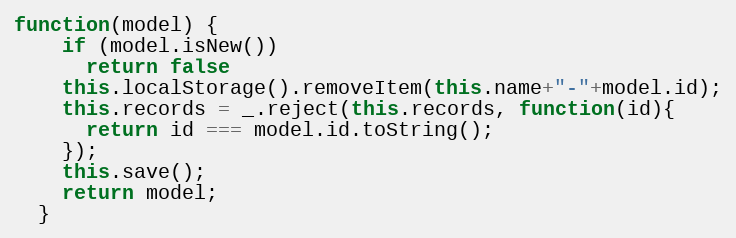
Language: JavaScript
function(model) {
    if (model.isNew())
      return false
    this.localStorage().removeItem(this.name+"-"+model.id);
    this.records = _.reject(this.records, function(id){
      return id === model.id.toString();
    });
    this.save();
    return model;
  }